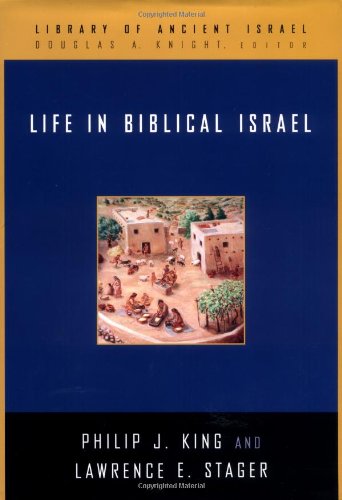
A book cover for Life in Biblical Israel (Library of Ancient Israel); Philip J. King; Science & Math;